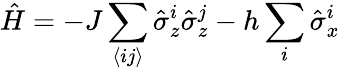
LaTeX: \hat{H}=-J\sum_{\langle ij\rangle}\hat{\sigma}_{z}^{i}\hat{\sigma}_{z}^{j}-h\sum_{i}\hat{\sigma}_{x}^{i}